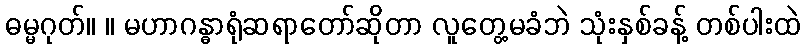
ဓမ္မဂုတ်။ ။ မဟာဂန္ဓာရုံဆရာတော်ဆိုတာ လူတွေ့မခံဘဲ သုံးနှစ်ခန့် တစ်ပါးထဲ